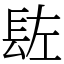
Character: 䦈